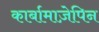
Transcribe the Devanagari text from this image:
कार्बामाज़ेपिन